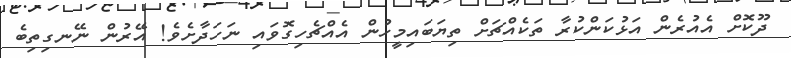
ދޫކޮށް އެއުރެން އަޅުކަންކުރާ ތަކެއްޗަށް ތިޔަބައިމީހުން އެއްޗެހިގޮވައި ނަހަދާށެވެ! އޭރުން ނޭނގިތިބެ